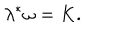
\lambda ^ { \ast } \omega = K .